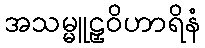
အသမ္မူဠှဝိဟာရိနံ